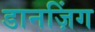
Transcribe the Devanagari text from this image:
डानज़िंग